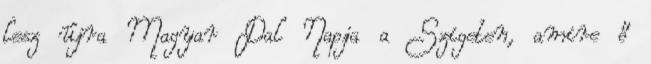
lesz újra Magyar Dal Napja a Szigeten, amire ő